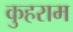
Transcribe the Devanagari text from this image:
कुहराम